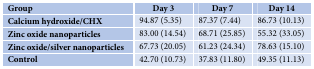
| Group | Day 3 | Day 7 | Day 14 |
 | --- | --- | --- | --- |
 | Calcium hydroxide/CHX | 94.87 (5.35) | 87.37 (7.44) | 86.73 (10.13) |
 | Zinc oxide nanoparticles | 83.00 (14.54) | 68.71 (25.85) | 55.32 (33.05) |
 | Zinc oxide/silver nanoparticles | 67.73 (20.05) | 61.23 (24.34) | 78.63 (15.10) |
 | Control | 42.70 (10.73) | 37.83 (11.80) | 49.35 (11.13) |